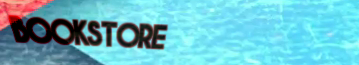
BOOKSTORE